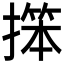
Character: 𱠬